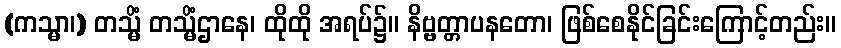
(ကသ္မာ၊) တသ္မိံ တသ္မိံဌာနေ၊ ထိုထို အရပ်၌။ နိဗ္ဗတ္တာပနတော၊ ဖြစ်စေနိုင်ခြင်းကြောင့်တည်း။